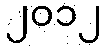
၂၀၁၂